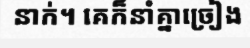
នាក់។ គេក៏នាំគ្នាច្រៀង